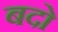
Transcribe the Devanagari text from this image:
बदो